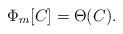
LaTeX: \begin{align*} \Phi_m[C] = \Theta(C).\end{align*}